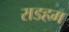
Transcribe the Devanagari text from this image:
राडहम